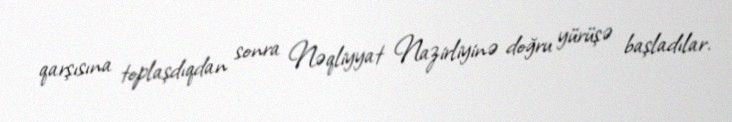
qarşısına toplaşdıqdan sonra Nəqliyyat Nazirliyinə doğru yürüşə başladılar.